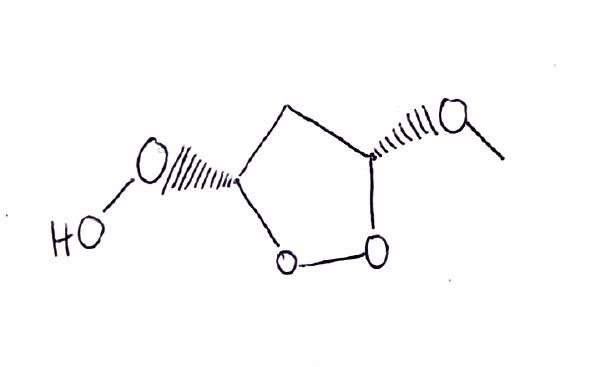
Simplified molecular-input line-entry system (SMILES) notation of the given molecule:
CO[C@H]1C[C@H](OO1)OO